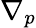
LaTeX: \nabla_{p}